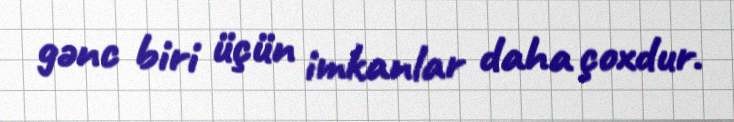
gənc biri üçün imkanlar daha çoxdur.